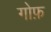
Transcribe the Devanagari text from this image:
गोफ़